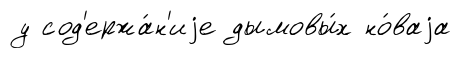
у сод'ержа́н'иjе дымовы́х но́ваjа